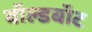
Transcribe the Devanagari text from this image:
वॉल्डबॉट